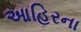
આહિરના